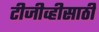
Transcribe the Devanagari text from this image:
टीजीव्हीसाठी